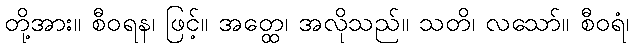
တို့အား။ စီဝရန၊ ဖြင့်။ အတ္ထေ၊ အလိုသည်။ သတိ၊ လသော်။ စီဝရံ၊